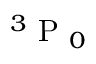
\ensuremath { { ^ 3 \mathrm { ~ P ~ } _ { 0 } } }